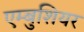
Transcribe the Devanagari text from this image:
एम्बुशियर